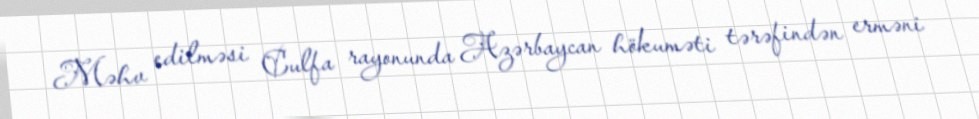
Məhv edilməsi Culfa rayonunda Azərbaycan hökuməti tərəfindən erməni